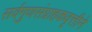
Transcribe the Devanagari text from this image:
सर्वगुणसंग्राहकवृत्तीने